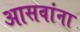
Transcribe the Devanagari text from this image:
आसवांना